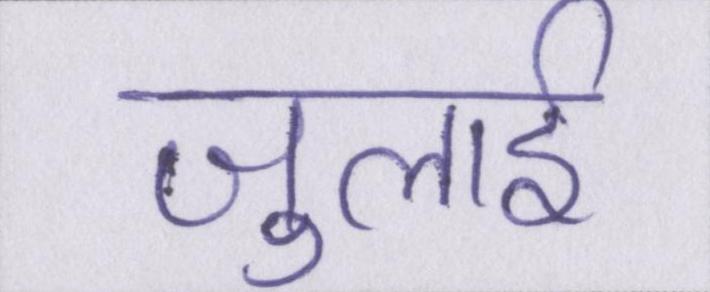
जुलाई